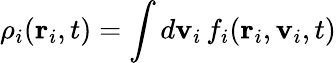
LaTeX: \rho_{i}(\mathbf{r}_{i},t)=\int d\mathbf{v}_{i}\, f_{i}(\mathbf{r}_{i},\mathbf{v}_{i},t)